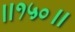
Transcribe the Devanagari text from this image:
॥१५०॥